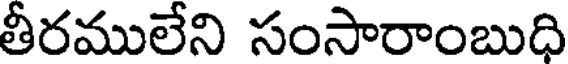
తీరములేని సంసారాంబుధి